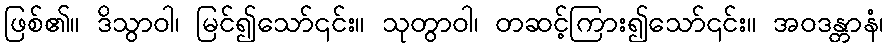
ဖြစ်၏။ ဒိသွာဝါ၊ မြင်၍သော်၎င်း။ သုတွာဝါ၊ တဆင့်ကြား၍သော်၎င်း။ အဝဒန္တာနံ၊